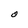
Character: O